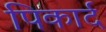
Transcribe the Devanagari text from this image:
पिकार्द